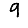
Digit: 9